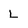
Character: L